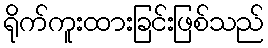
ရိုက်ကူးထားခြင်းဖြစ်သည်